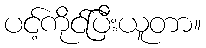
ပင့်ကိုင်ပြီးယူတာ။